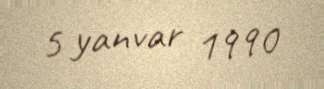
5 yanvar 1990